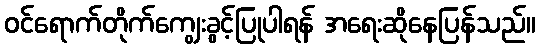
ဝင်ရောက်တိုက်ကျွေးခွင့်ပြုပါရန် အရေးဆိုနေပြန်သည်။